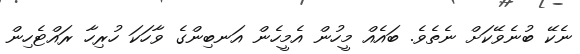
ނެކޭ ބުނެވޭކަށް ނެތެވެ. ބައެއް މީހުން އެމީހެން އަނބިންގެ ވާހަކަ ހުރިހާ ރައްޓެހިން